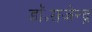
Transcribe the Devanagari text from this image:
डॉ॰राजेन्द्र